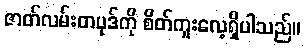
ဇာတ်လမ်းတပုဒ်ကို စိတ်ကူးလေ့ရှိပါသည်။